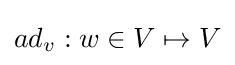
ad_{v}:w\in V\mapsto V